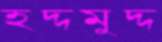
হদ্দমুদ্দ